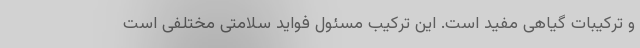
و ترکیبات گیاهی مفید است. این ترکیب مسئول فواید سلامتی مختلفی است